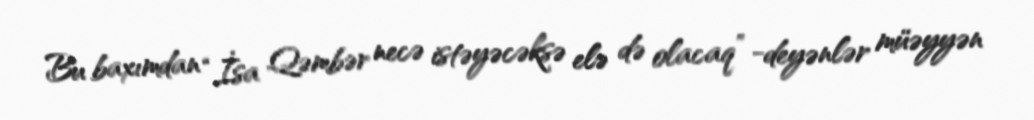
Bu baxımdan “İsa Qəmbər necə istəyəcəksə elə də olacaq” -deyənlər müəyyən